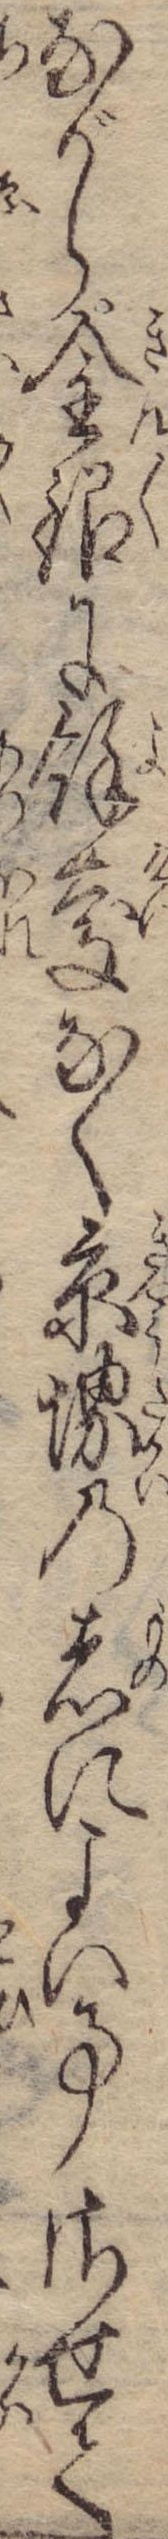
ながら金銀に余慶なく京堺の者によい事させて